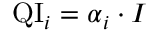
\mathrm { Q I } _ { i } = \boldsymbol { \alpha } _ { i } \cdot \boldsymbol { I }